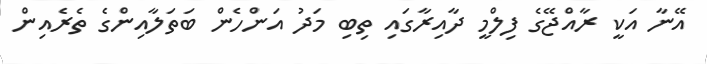
އޭނާ އަކީ ރާއްޖޭގެ ފިލްމީ ދާއިރާގައި ތިބި މަދު އަންހެން ބަތަލާއިންގެ ތެރެއިން